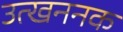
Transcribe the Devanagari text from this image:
उत्खननक